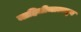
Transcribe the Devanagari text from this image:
माहितीजालातून